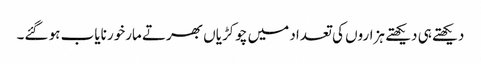
دیکھتے ہی دیکھتے ہزاروں کی تعداد میں چوکڑیاں بھرتے مارخور نایاب ہو گئے۔